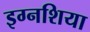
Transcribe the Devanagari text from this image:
इग्नशिया